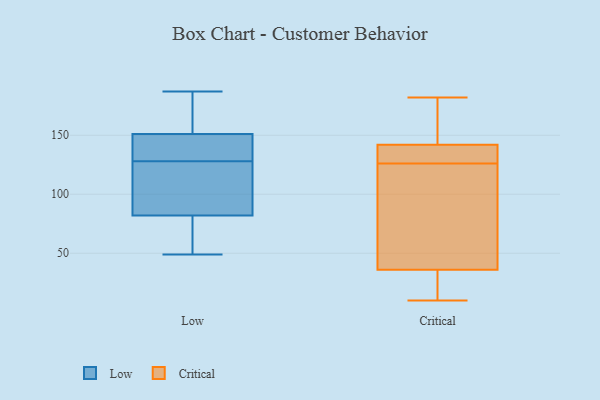
{"axis": {"x": "Inventory Turnover", "y": "Value"}, "legend": ["Critical", "Low"], "data": [{"x": "", "y": 49, "type": "Low"}, {"x": "", "y": 146, "type": "Low"}, {"x": "", "y": 156, "type": "Low"}, {"x": "", "y": 173, "type": "Low"}, {"x": "", "y": 157, "type": "Low"}, {"x": "", "y": 57, "type": "Low"}, {"x": "", "y": 143, "type": "Low"}, {"x": "", "y": 74, "type": "Low"}, {"x": "", "y": 143, "type": "Low"}, {"x": "", "y": 57, "type": "Low"}, {"x": "", "y": 119, "type": "Low"}, {"x": "", "y": 108, "type": "Low"}, {"x": "", "y": 117, "type": "Low"}, {"x": "", "y": 90, "type": "Low"}, {"x": "", "y": 187, "type": "Low"}, {"x": "", "y": 137, "type": "Low"}, {"x": "", "y": 107, "type": "Critical"}, {"x": "", "y": 70, "type": "Critical"}, {"x": "", "y": 157, "type": "Critical"}, {"x": "", "y": 127, "type": "Critical"}, {"x": "", "y": 31, "type": "Critical"}, {"x": "", "y": 125, "type": "Critical"}, {"x": "", "y": 163, "type": "Critical"}, {"x": "", "y": 182, "type": "Critical"}, {"x": "", "y": 10, "type": "Critical"}, {"x": "", "y": 17, "type": "Critical"}, {"x": "", "y": 128, "type": "Critical"}, {"x": "", "y": 36, "type": "Critical"}, {"x": "", "y": 142, "type": "Critical"}, {"x": "", "y": 135, "type": "Critical"}]}